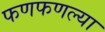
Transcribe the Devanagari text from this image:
फणफणल्या